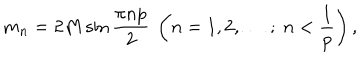
m _ { n } = 2 M \sin \frac { \pi n p } { 2 } ~ \left( n = 1 , 2 , \ldots \, ; ~ n < \frac { 1 } { p } \right) ,